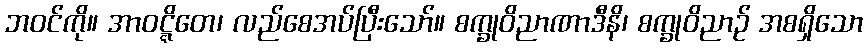
ဘဝင်ကို။ အာဝဋ္ဋိတေ၊ လည်စေအပ်ပြီးသော်။ စက္ခုဝိညာဏာဒီနိ၊ စက္ခုဝိညာဉ် အစရှိသော